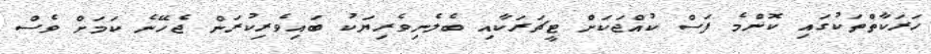
ހަރަކާތްތަކުގައި ކޮންމެ ފަސް ކުއްޖަކަށް ޓީޗަރަކާއި ބެލެނިވެރިޔަކު ބައިވެރިކުރަން ޖެހޭނެ ކަމަށް ވެސް